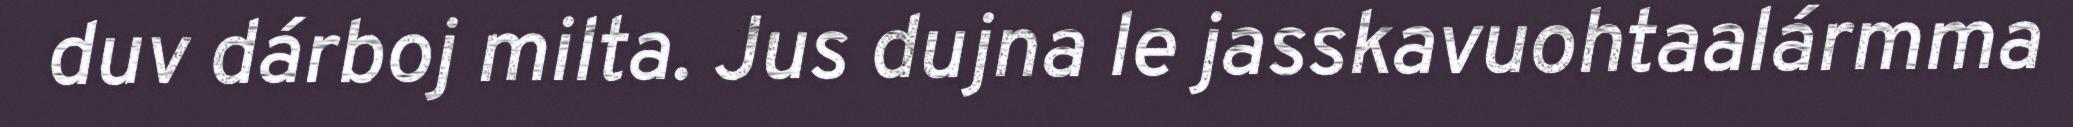
duv dárboj milta. Jus dujna le jasskavuohtaalármma